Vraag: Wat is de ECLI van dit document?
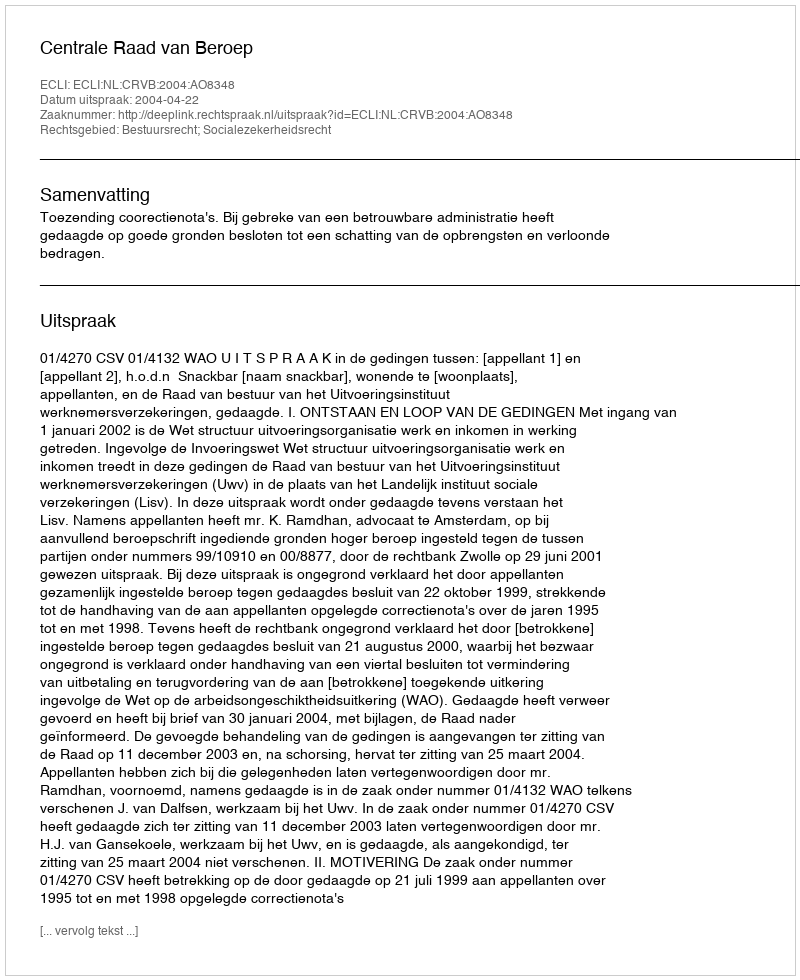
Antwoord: ECLI:NL:CRVB:2004:AO8348